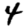
Digit: 4